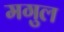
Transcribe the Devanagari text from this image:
मगुल